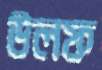
উলফ